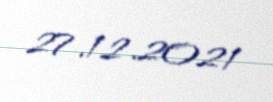
27.12.2021